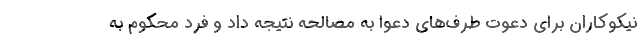
نیکوکاران برای دعوت طرف‌های دعوا به مصالحه نتیجه داد و فرد محکوم به